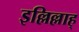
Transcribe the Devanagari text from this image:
इल्लिल्लाह्